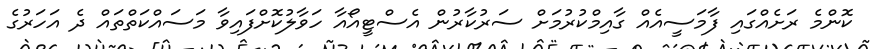
ކޮންމެ ރަށެއްގައި ފާމަސީއެއް ގާއިމްކުރުމަށް ސަރުކާރުން އެސްޓީއޯއާ ހަވާލުކޮށްފައިވާ މަަސައްކަތްތައް ދެ އަހަރުގެ